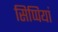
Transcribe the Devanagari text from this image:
सिप्पियां